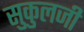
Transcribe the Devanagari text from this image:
सुकुलजी